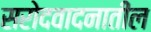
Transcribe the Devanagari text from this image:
सरोदवादनातील